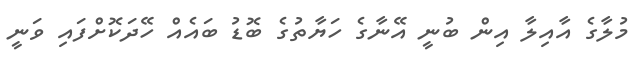
މުލާގެ އާއިލާ އިން ބުނީ އޭނާގެ ހަޔާތުގެ ބޮޑު ބައެއް ހޭދަކޮށްފައި ވަނީ